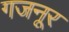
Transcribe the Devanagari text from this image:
गजनूर